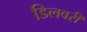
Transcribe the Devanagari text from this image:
डिलवरी